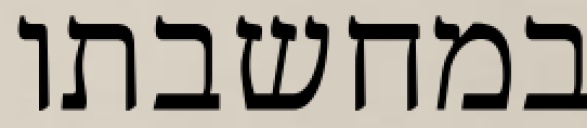
במחשבתו